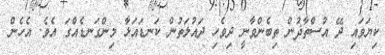
ކިޔަވައި ދޭ އުސްތާޛުން ތިބެންވާނީ ދިވެހި ދައުލަތުން ކަނޑައަޅާ މިންގަނޑެއްގަ އެވެ. އެހެން